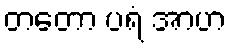
တတော ပရံ အာဟ